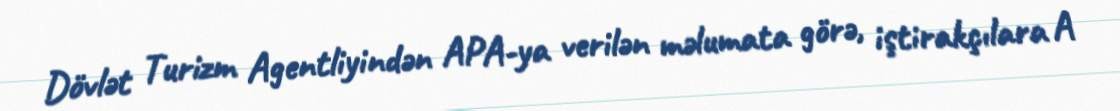
Dövlət Turizm Agentliyindən APA-ya verilən məlumata görə, iştirakçılara A